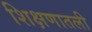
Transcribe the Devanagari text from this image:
शिक्षणातली